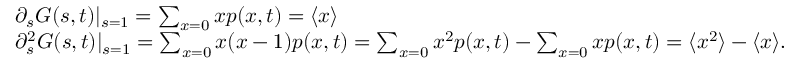
\begin{array} { r l } & { \partial _ { s } G ( s , t ) | _ { s = 1 } = \sum _ { x = 0 } x p ( x , t ) = \langle x \rangle } \\ & { \partial _ { s } ^ { 2 } G ( s , t ) | _ { s = 1 } = \sum _ { x = 0 } x ( x - 1 ) p ( x , t ) = \sum _ { x = 0 } x ^ { 2 } p ( x , t ) - \sum _ { x = 0 } x p ( x , t ) = \langle x ^ { 2 } \rangle - \langle x \rangle . } \end{array}